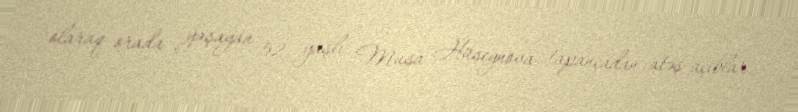
olaraq orada yaşayan 52 yaşlı Musa Hüseynova tapançadan atəş açıblar.